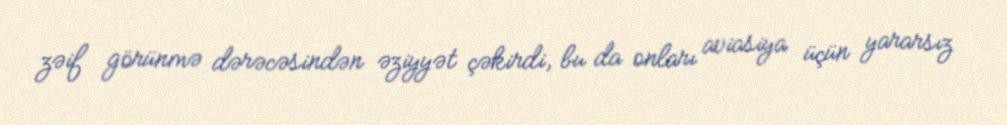
zəif görünmə dərəcəsindən əziyyət çəkirdi, bu da onları aviasiya üçün yararsız